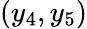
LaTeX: (y_{4},y_{5})